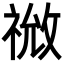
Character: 𫀙